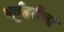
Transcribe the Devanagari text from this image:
भर्तुहरीचा